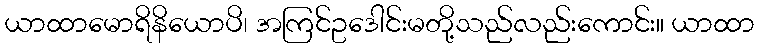
ယာထာမောရိနိယောပိ၊ အကြင်ဥဒေါင်းမတို့သည်လည်းကောင်း။ ယာထာ